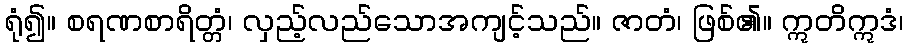
ရုံ၍။ စရဏစာရိတ္တံ၊ လှည့်လည်သောအကျင့်သည်။ ဇာတံ၊ ဖြစ်၏။ ဣတိဣဒံ၊